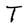
Character: T